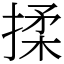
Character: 揉